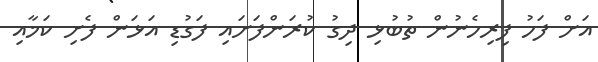
އަށް ފަހު ފިރިހެނުން ތުބުޅި ދިގު ކުރަންފަށައި ފަގުޑި އަޅަން ފެށި ކަމާއި